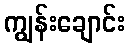
ကျွန်းချောင်း